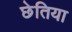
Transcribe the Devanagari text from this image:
छेतिया